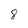
Character: 8